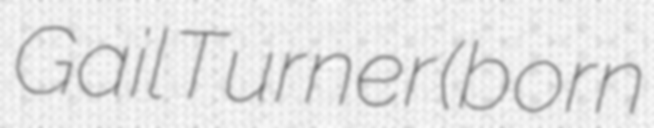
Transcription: Gail Turner  (born